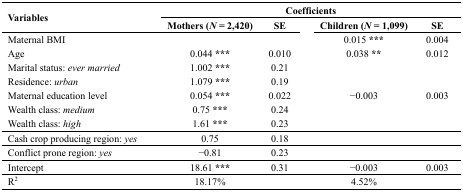
<table><thead><tr><td rowspan="2"><b>Variables</b></td><td colspan="4"><b>Coefficients</b></td></tr><tr><td><b>Mothers (<i>N</i> = 2,420)</b></td><td><b>SE</b></td><td><b>Children (<i>N</i> = 1,099)</b></td><td><b>SE</b></td></tr></thead><tbody><tr><td>Maternal BMI </td><td></td><td></td><td>0.015 ***</td><td>0.004</td></tr><tr><td>Age</td><td>0.044 ***</td><td>0.010</td><td>0.038 **</td><td>0.012</td></tr><tr><td>Marital status: <i>ever</i><i>married</i></td><td>1.002 ***</td><td>0.21</td><td></td><td></td></tr><tr><td>Residence: <i>urban</i></td><td>1.079 ***</td><td>0.19</td><td></td><td></td></tr><tr><td>Maternal education level</td><td>0.054 ***</td><td>0.022</td><td>−0.003</td><td>0.003</td></tr><tr><td>Wealth class: <i>medium</i></td><td>0.75 ***</td><td>0.24</td><td></td><td></td></tr><tr><td>Wealth class: <i>high</i></td><td>1.61 ***</td><td>0.23</td><td></td><td></td></tr><tr><td>Cash crop producing region: <i>yes</i></td><td>0.75</td><td>0.18</td><td></td><td></td></tr><tr><td>Conflict prone region: <i>yes</i></td><td>−0.81</td><td>0.23</td><td></td><td></td></tr><tr><td>Intercept</td><td>18.61 ***</td><td>0.31</td><td>−0.003</td><td>0.003</td></tr><tr><td>R<sup>2</sup></td><td>18.17%</td><td></td><td>4.52%</td><td></td></tr></tbody></table>